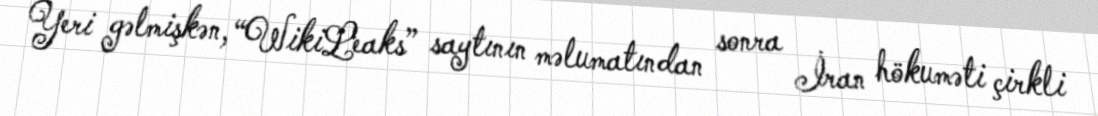
Yeri gəlmişkən, “WikiLeaks” saytının məlumatından sonra İran hökuməti çirkli